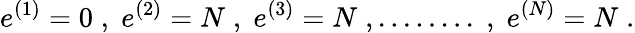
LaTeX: e^{(1)}=0\; ,\; e^{(2)}=N\; ,\; e^{(3)}=N\; ,........\; ,\; e^{(N)}=N\; .